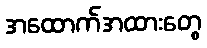
အထောက်အထားတွေ